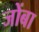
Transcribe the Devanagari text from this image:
जोंबा